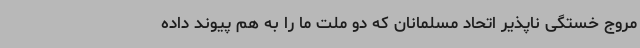
مروج خستگی ناپذیر اتحاد مسلمانان که دو ملت ما را به هم پیوند داده